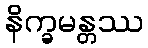
နိက္ခမန္တဿ